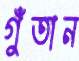
গুঁতান